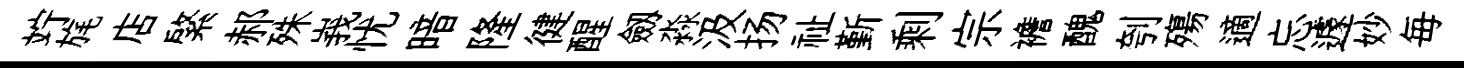
竚旄店綮郝殊峩忧暗隆徤醒劔淼汲扬祉斳剩宗襜醜刳殤適忘遽妙毎